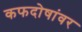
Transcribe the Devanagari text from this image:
कफदोषांवर